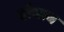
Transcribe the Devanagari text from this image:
दौवाब